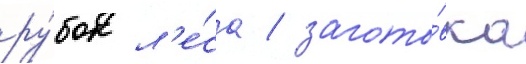
ру́бок л'е́са / загото́вка